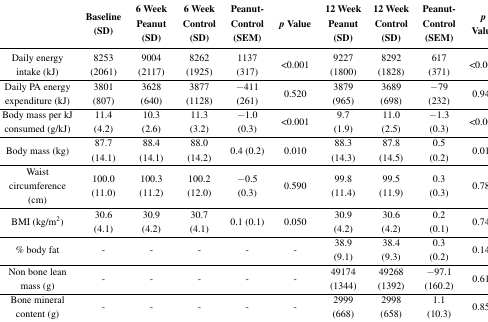
<table><thead><tr><td></td><td><b>Baseline (SD)</b></td><td><b>6 Week Peanut (SD)</b></td><td><b>6 Week Control (SD)</b></td><td><b>Peanut-Control (SEM)</b></td><td><b><i>p</i> Value</b></td><td><b>12 Week Peanut (SD)</b></td><td><b>12 Week Control (SD)</b></td><td><b>Peanut-Control (SEM)</b></td><td><b><i>p</i> Value</b></td></tr></thead><tbody><tr><td>Daily energy intake (kJ)</td><td>8253 (2061)</td><td>9004 (2117)</td><td>8262 (1925)</td><td>1137 (317)</td><td>&lt;0.001</td><td>9227 (1800)</td><td>8292 (1828)</td><td>617 (371)</td><td>&lt;0.001</td></tr><tr><td>Daily PA energy expenditure (kJ)</td><td>3801 (807)</td><td>3628 (640)</td><td>3877 (1128)</td><td>−411 (261)</td><td>0.520</td><td>3879 (965)</td><td>3689 (698)</td><td>−79 (232)</td><td>0.940</td></tr><tr><td>Body mass per kJ consumed (g/kJ)</td><td>11.4 (4.2)</td><td>10.3 (2.6)</td><td>11.3 (3.2)</td><td>−1.0 (0.3)</td><td>&lt;0.001</td><td>9.7 (1.9)</td><td>11.0 (2.5)</td><td>−1.3 (0.3)</td><td>&lt;0.001</td></tr><tr><td>Body mass (kg)</td><td>87.7 (14.1)</td><td>88.4 (14.1)</td><td>88.0 (14.2)</td><td>0.4 (0.2)</td><td>0.010</td><td>88.3 (14.3)</td><td>87.8 (14.5)</td><td>0.5 (0.2)</td><td>0.010</td></tr><tr><td>Waist circumference (cm)</td><td>100.0 (11.0)</td><td>100.3 (11.2)</td><td>100.2 (12.0)</td><td>−0.5 (0.3)</td><td>0.590</td><td>99.8 (11.4)</td><td>99.5 (11.9)</td><td>0.3 (0.3)</td><td>0.780</td></tr><tr><td>BMI (kg/m<sup>2</sup>)</td><td>30.6 (4.1)</td><td>30.9 (4.2)</td><td>30.7 (4.1)</td><td>0.1 (0.1)</td><td>0.050</td><td>30.9 (4.2)</td><td>30.6 (4.2)</td><td>0.2 (0.1)</td><td>0.742</td></tr><tr><td>% body fat</td><td>-</td><td>-</td><td>-</td><td>-</td><td>-</td><td>38.9 (9.1)</td><td>38.4 (9.3)</td><td>0.3 (0.2)</td><td>0.144</td></tr><tr><td>Non bone lean mass (g)</td><td>-</td><td>-</td><td>-</td><td>-</td><td>-</td><td>49174 (1344)</td><td>49268 (1392)</td><td>−97.1 (160.2)</td><td>0.611</td></tr><tr><td>Bone mineral content (g)</td><td>-</td><td>-</td><td>-</td><td>-</td><td>-</td><td>2999 (668)</td><td>2998 (658)</td><td>1.1 (10.3)</td><td>0.856</td></tr></tbody></table>